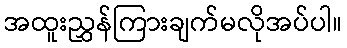
အထူးညွှန်ကြားချက်မလိုအပ်ပါ။